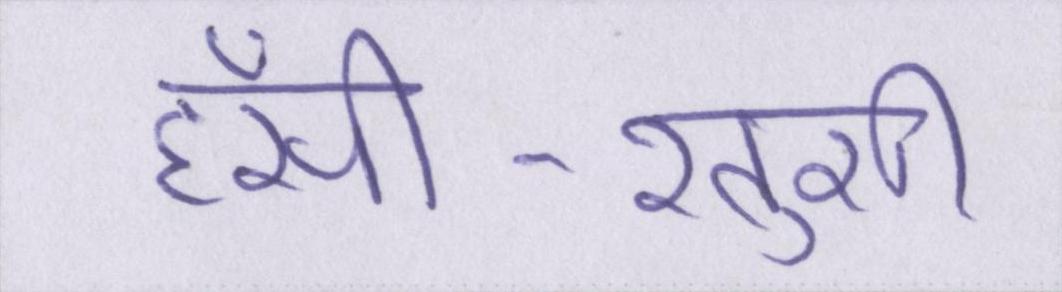
हँसी-खुशी